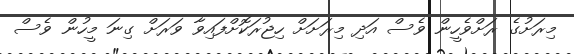
މިރަށުގެ ރަށްވެހީން ވެސް އަދި މިރަށަށް ހިޖުރަކޮށްފައިވާ ވަރަށް ގިނަ މީހުން ވެސް